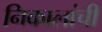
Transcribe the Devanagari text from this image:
निकालांची